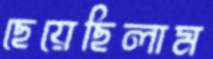
ছেয়েছিলাম